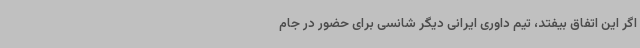
اگر این اتفاق بیفتد، تیم داوری ایرانی دیگر شانسی برای حضور در جام